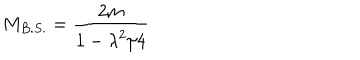
LaTeX: M _ { B . S . } = { \frac { 2 m } { \displaystyle { 1 - { \lambda ^ { 2 } / 4 } } } }